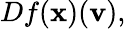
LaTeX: Df(\mathbf{x})(\mathbf{v}),